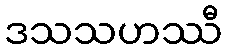
ဒသသဟဿီ